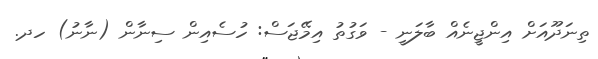
ތިނަދޫއަށް އިންޖީނެއް ބާލަނީ - ވަގުތު އިމޭޖަސް: ހުސެއިން ސިނާން (ނާނު) ހދ.